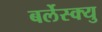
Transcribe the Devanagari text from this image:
बर्लेस्क्यु